Tartu_linnavalitsus, lk 23
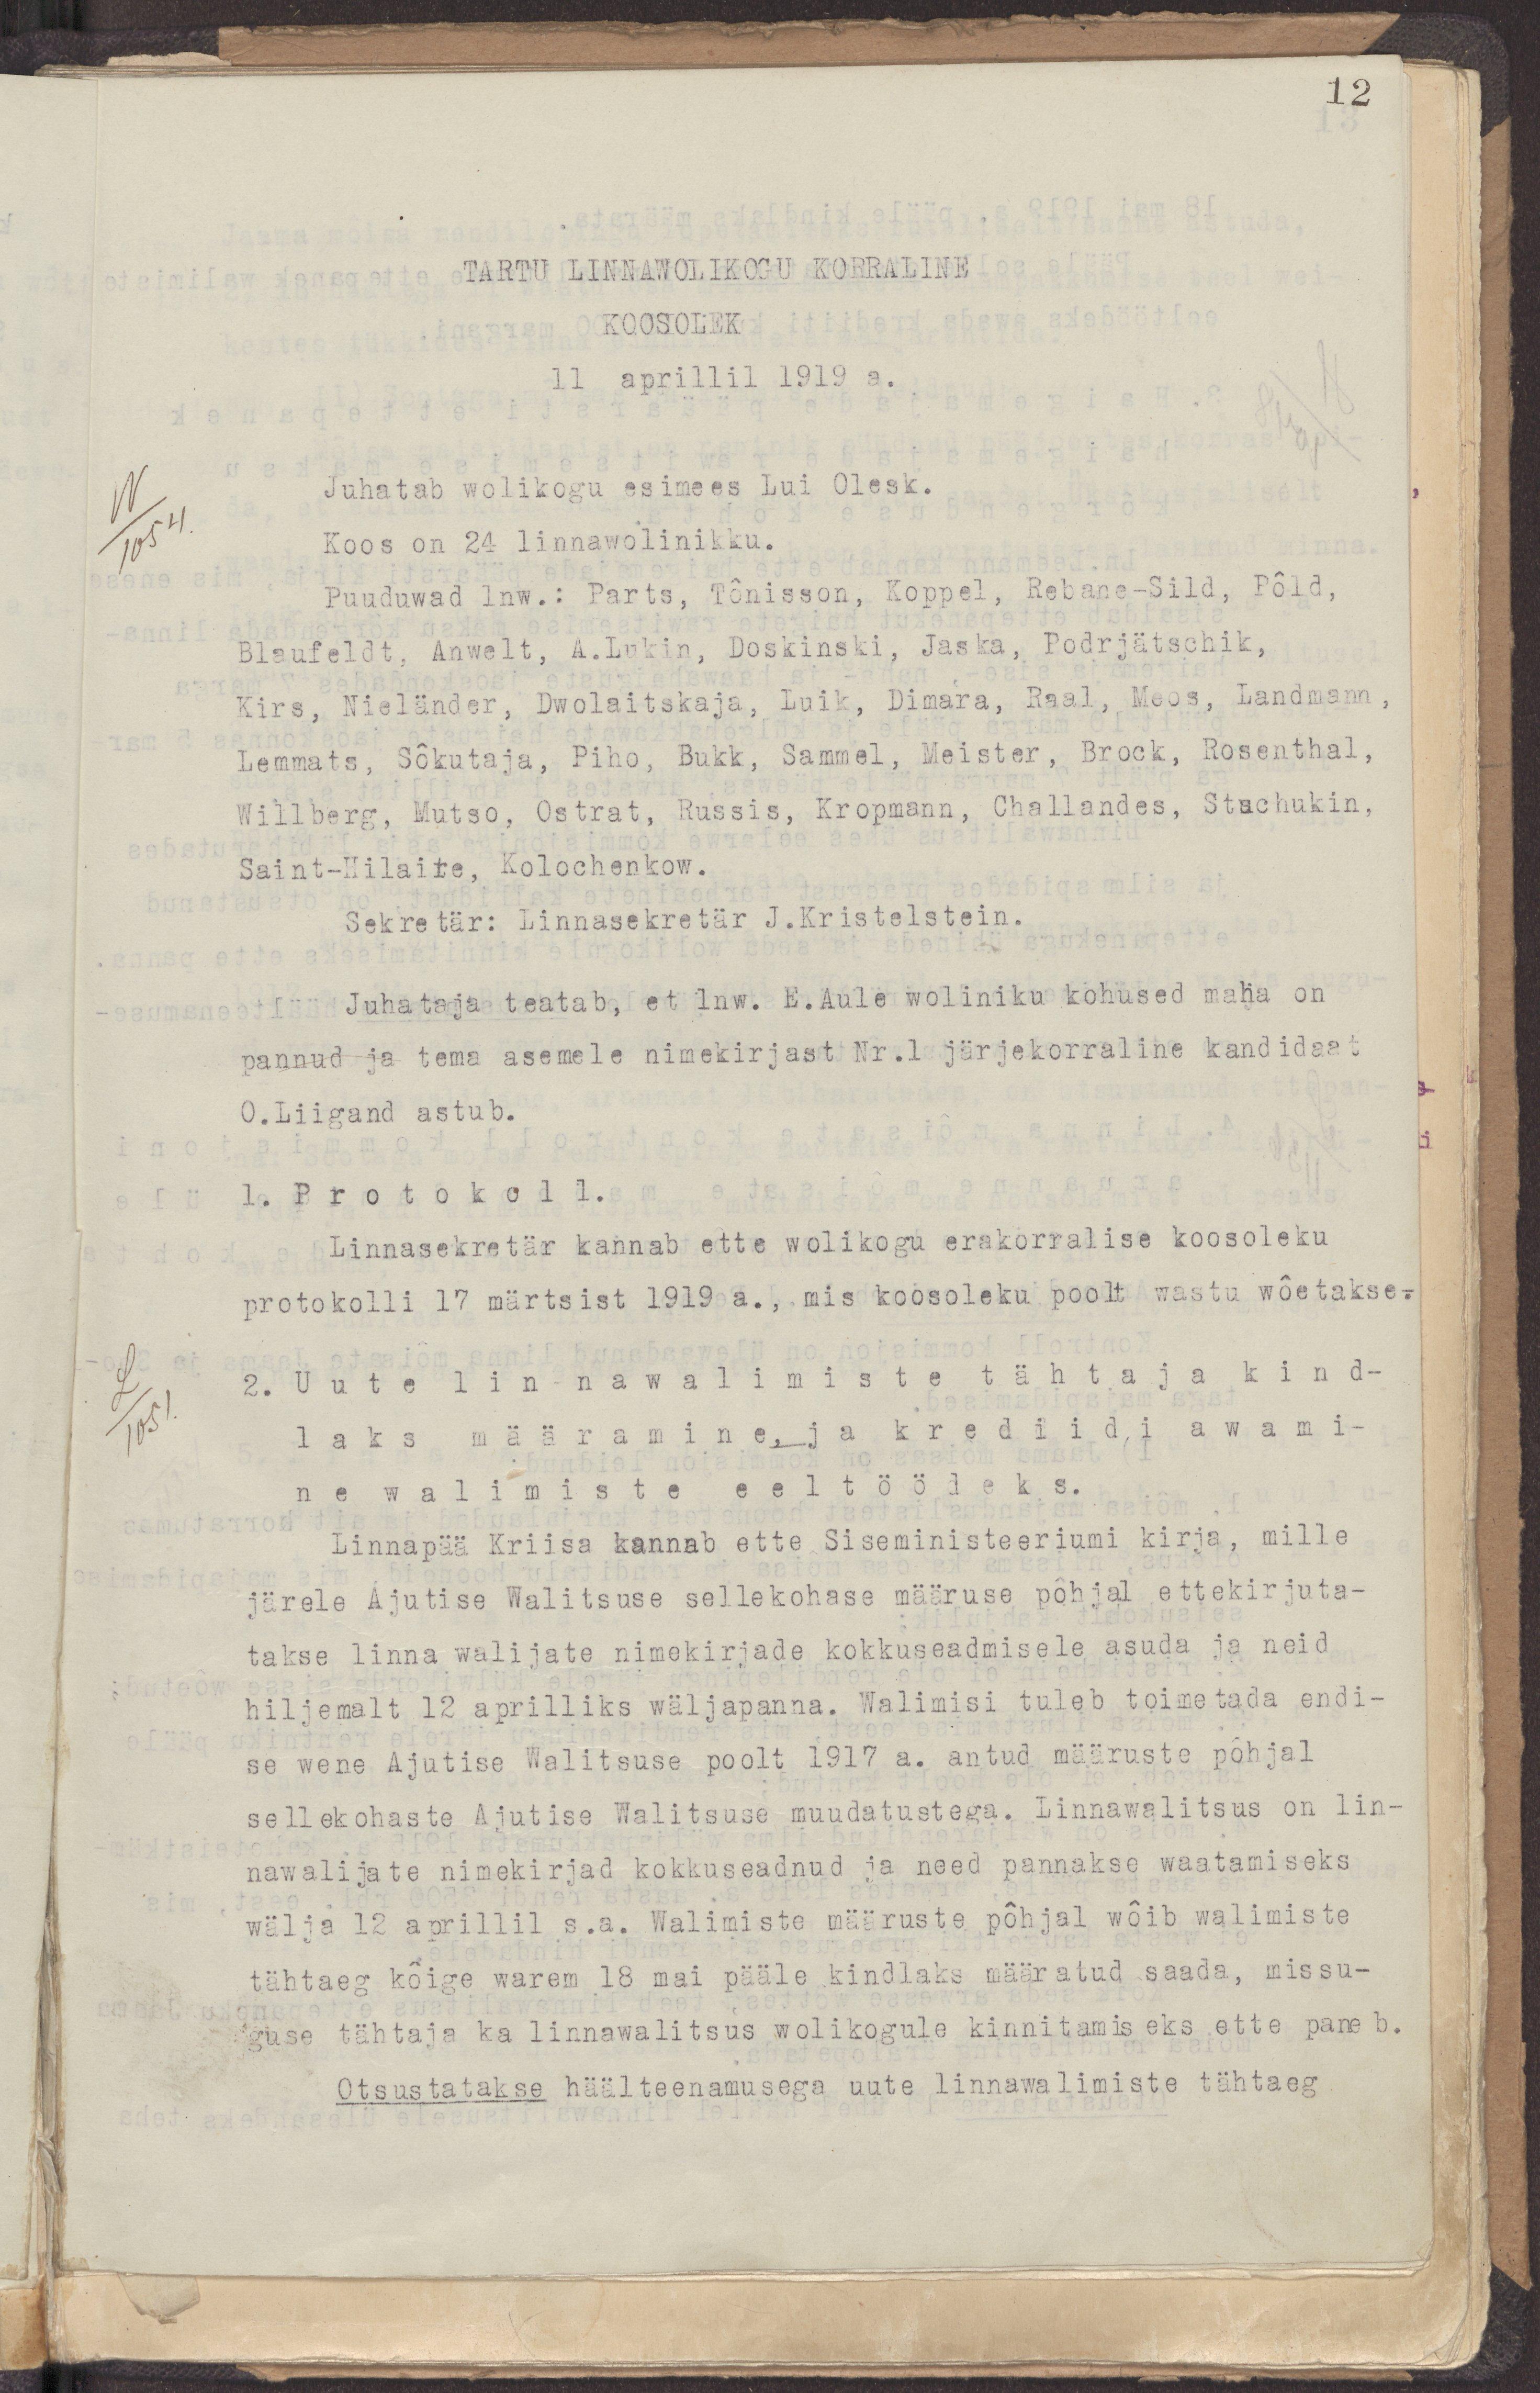
12
TARTU LINNAWOLIKOGU KORRALINE
KOOSOLEK
11 aprillil 1919 a.
Juhatab wolikogu esimees Lui Olesk.
Koos on 24 linnawolinikku.
Puuduwad lnw.: Parts, Tõnisson, Koppel, Rebane-Sild, Põld,
Blaufeldt, Anwelt, A.Lukin, Doskinski, Jaska, Podrjätschik,
Kirs, Nieländer, Dwolaitskaja, Luik, Dimara, Raal, Meos, Landmann,
Lemmats, Sõkutaja, Piho, Bukk, Sammel, Meister, Brock, Rosenthal,
Willberg, Mutso, Ostrat, Russis, Kropmann, Challandes, Stachukin,
Saint-Millaire, Kolochenkow.
Sekretär: Linnasekretär J.Kristelstein.
Juhataja teatab, et lnw. E.Aule woliniku kohused maha on
pannud ja tema asemele nimekirjast Nr.1 järjekorraline kandidaat
O.Liigand astub.
1. Protokoll.
Linnasekretär kannab ette wolikogu erakorralise koosoleku
protokolli 17 märtsist 1919 a., mis koosoleku poolt wastu wõetakse.
2. Uute linnawalimiste tähtaja kind-
laks määramine, ja krediidi awami-
ne walimiste eeltöödeks.
Linnapää Kriisa kannab ette Siseministeeriumi kirja, mille
järele Ajutise Walitsuse sellekohase määruse põhjal ettekirjuta-
takse linna walijate nimekirjade kokkuseadmisele asuda ja neid
hiljemalt 12 aprilliks wäljapanna. Walimisi tuleb toimetada endi-
se wene Ajutise Walitsuse poolt 1917 a. antud määruste põhjal
sellekohaste Ajutise Walitsuse muudatustega. Linnawalitsus on lin-
nawalijate nimekirjad kokkuseadnud ja need pannakse waatamiseks
wälja 12 aprillil s.a. Walimiste määruste põhjal wõib walimiste
tähtaeg kõige warem 18 mai pääle kindlaks määratud saada, missu-
guse tähtaja ka linnawalitsus wolikogule kinnitamiseks ette paneb.
Otsustatakse häälteenamusega uute linnawalimiste tähtaeg